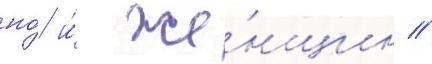
но́ и́ же́нщин //